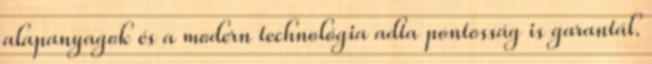
alapanyagok és a modern technológia adta pontosság is garantál.